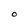
Character: O